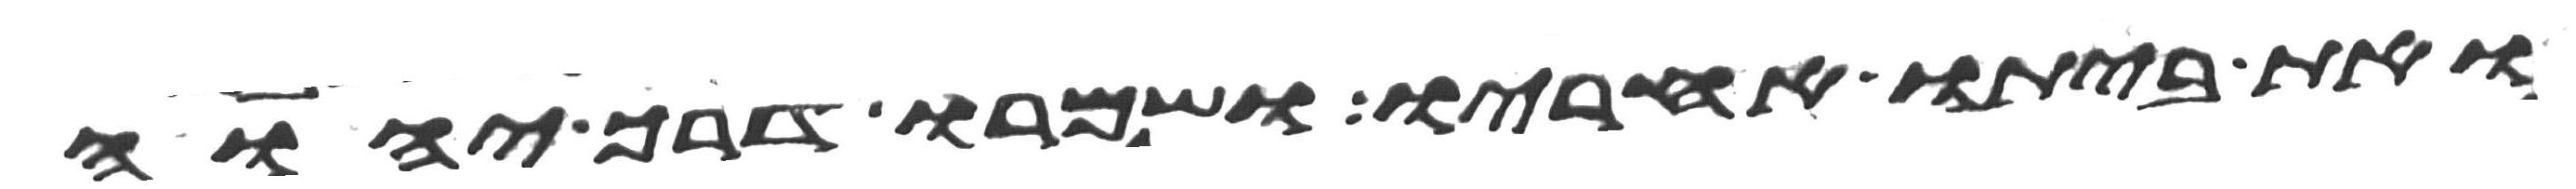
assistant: ואת ביתו אחריו ושמרו דרך יהוה